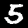
Label: 5